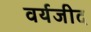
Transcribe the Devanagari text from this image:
वर्यजीद